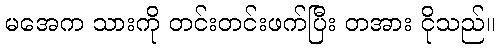
မအေက သားကို တင်းတင်းဖက်ပြီး တအား ငိုသည်။